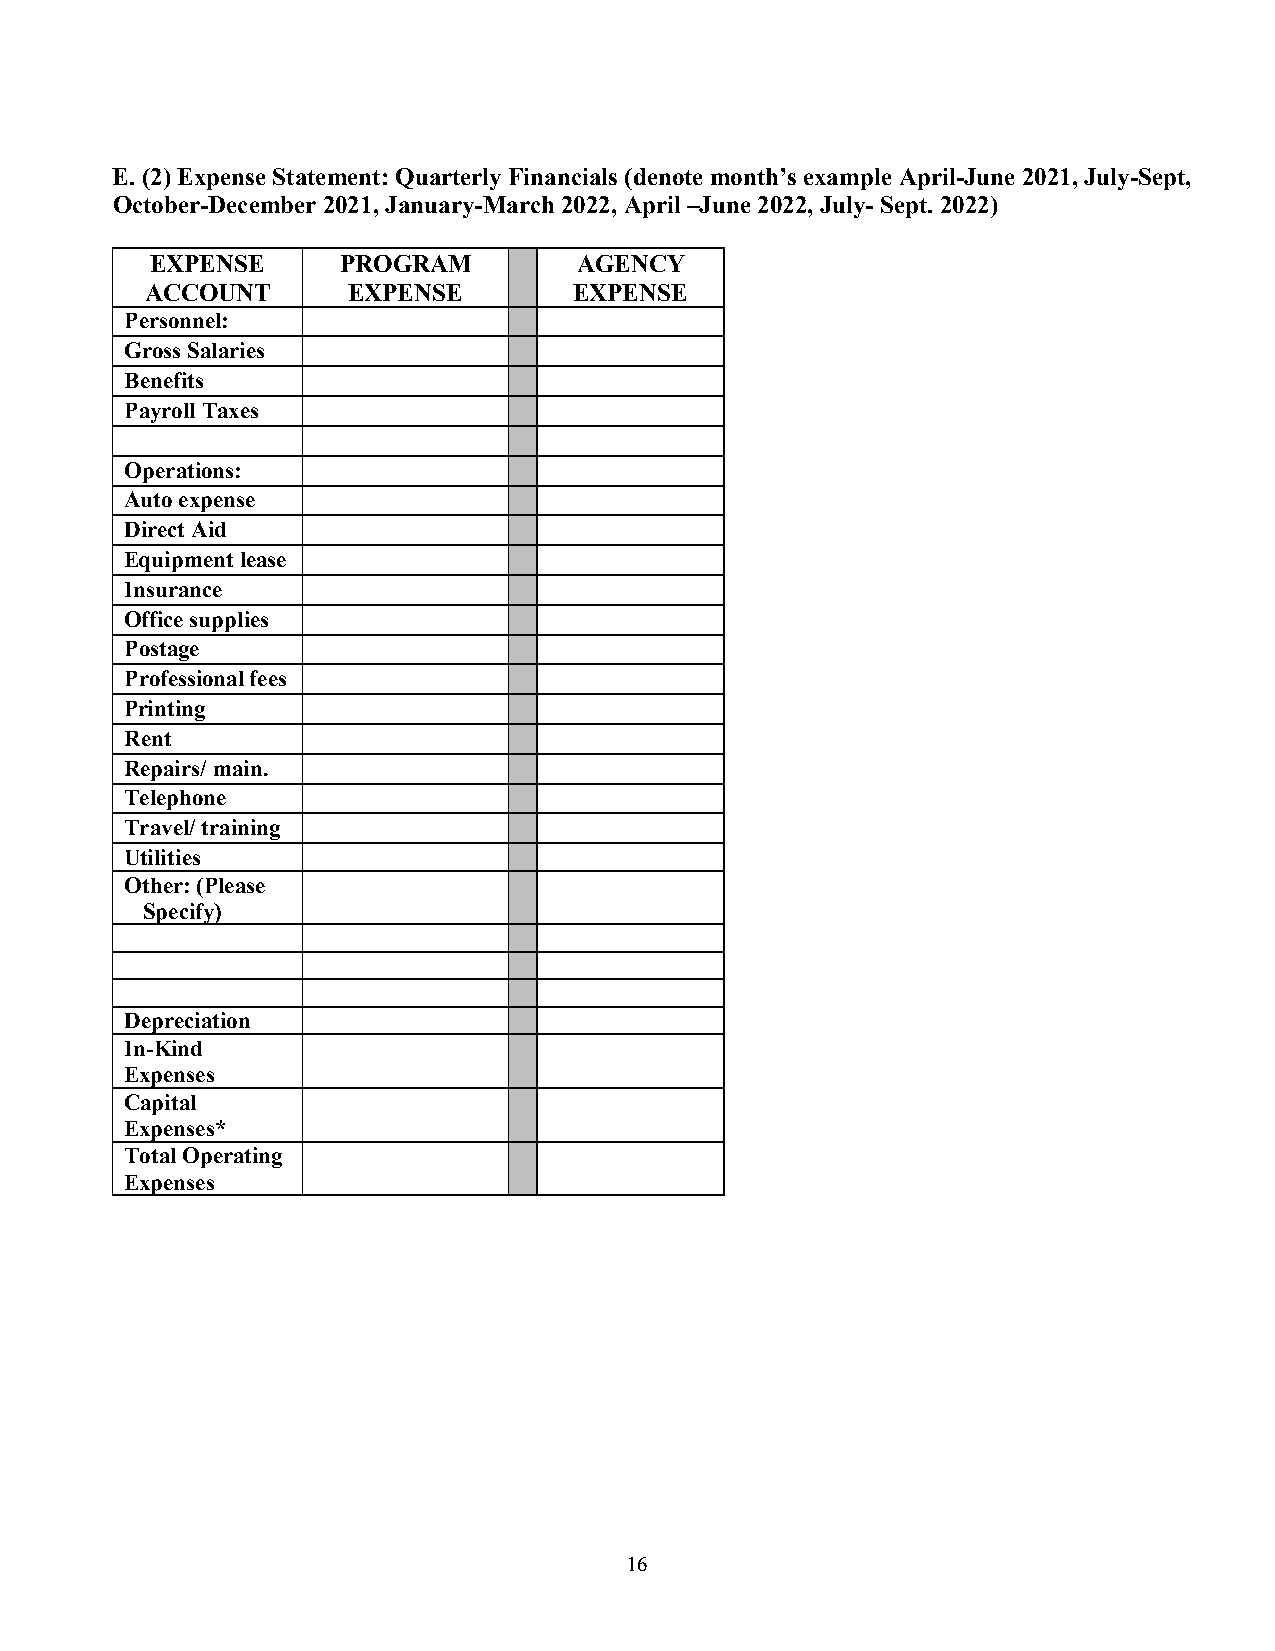
E. (2) Expense Statement: Quarterly Financials (denote month’s example April-June 2021, July-Sept,
 October-December 2021, January-March 2022, April –June 2022, July- Sept. 2022)
 EXPENSE     PROGRAM         AGENCY
 ACCOUNT      EXPENSE        EXPENSE
 Personnel:
 Gross Salaries
 Benefits
 Payroll Taxes
 Operations:
 Auto expense
 Direct Aid
 Equipment lease
 Insurance
 Office supplies
 Postage
 Professional fees
 Printing
 Rent
 Repairs/ main.
 Telephone
 Travel/ training
 Utilities
 Other: (Please
 Specify)
 Depreciation
 In-Kind
 Expenses
 Capital
 Expenses*
 Total Operating
 Expenses
 16